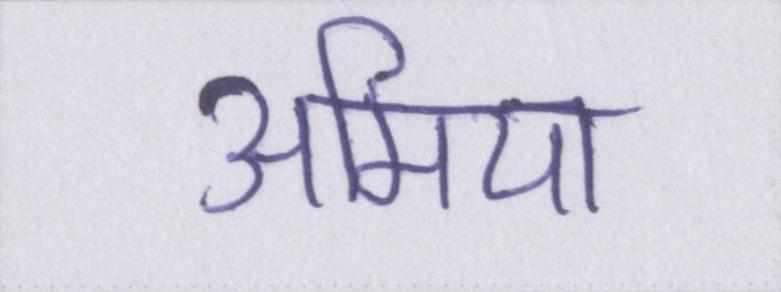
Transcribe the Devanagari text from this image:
अमिया